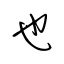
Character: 也